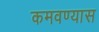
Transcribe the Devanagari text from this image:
कमवण्यास